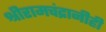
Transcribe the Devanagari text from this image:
श्रीरामचंद्रानीही